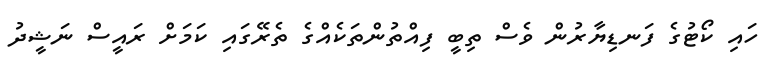
ހައި ކޯޓުގެ ފަނޑިޔާރުން ވެސް ތިބީ ފިއްތުންތަކެއްގެ ތެރޭގައި ކަމަށް ރައީސް ނަޝީދު